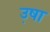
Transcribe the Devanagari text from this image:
उ़षा